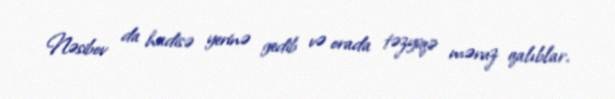
Nəsibov da hadisə yerinə gedib və orada təzyiqə məruz qalıblar.